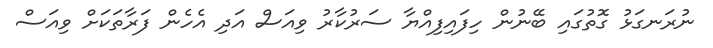
ނުރަނގަޅު ގޮތުގައި ބޭނުން ހިފައިފިއްޔާ ސަރުކާރު ވިއަސް އަދި އެހެން ފަރާތަކަށް ވިއަސް